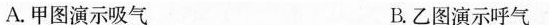
A. 甲图演示吸气 B. 乙图演示呼气